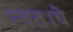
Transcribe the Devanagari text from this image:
स्वत।चे